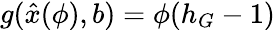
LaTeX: g(\hat{x}(\phi),b)=\phi(h_{G}-1)